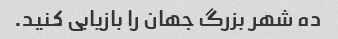
ده شهر بزرگ جهان را بازیابی کنید.